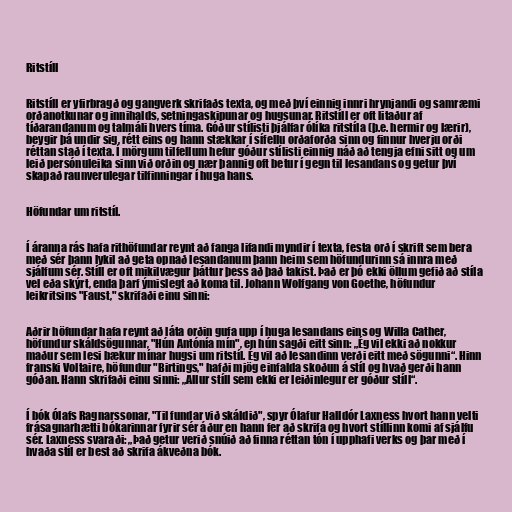
Ritstíll

Ritstíll er yfirbragð og gangverk skrifaðs texta, og með því einnig innri hrynjandi og samræmi
orðanotkunar og innihalds, setningaskipunar og hugsunar. Ritstíll er oft litaður af
tíðarandanum og talmáli hvers tíma. Góður stílisti þjálfar ólíka ritstíla (þ.e. hermir og lærir),
beygir þá undir sig, rétt eins og hann stækkar í sífellu orðaforða sinn og finnur hverju orði
réttan stað í texta. Í mörgum tilfellum hefur góður stílisti einnig náð að tengja efni sitt og um
leið persónuleika sinn við orðin og nær þannig oft betur í gegn til lesandans og getur því
skapað raunverulegar tilfinningar í huga hans.

Höfundar um ritstíl.

Í áranna rás hafa rithöfundar reynt að fanga lifandi myndir í texta, festa orð í skrift sem bera
með sér þann lykil að geta opnað lesandanum þann heim sem höfundurinn sá innra með
sjálfum sér. Stíll er oft mikilvægur þáttur þess að það takist. Það er þó ekki öllum gefið að stíla
vel eða skýrt, enda þarf ýmislegt að koma til. Johann Wolfgang von Goethe, höfundur
leikritsins "Faust," skrifaði einu sinni:

Aðrir höfundar hafa reynt að láta orðin gufa upp í huga lesandans eins og Willa Cather,
höfundur skáldsögunnar, "Hún Antónía mín", en hún sagði eitt sinn: „Ég vil ekki að nokkur
maður sem lesi bækur mínar hugsi um ritstíl. Ég vil að lesandinn verði eitt með sögunni“. Hinn
franski Voltaire, höfundur "Birtings," hafði mjög einfalda skoðun á stíl og hvað gerði hann
góðan. Hann skrifaði einu sinni: „Allur stíll sem ekki er leiðinlegur er góður stíll“.

Í bók Ólafs Ragnarssonar, "Til fundar við skáldið", spyr Ólafur Halldór Laxness hvort hann velti
frásagnarhætti bókarinnar fyrir sér áður en hann fer að skrifa og hvort stíllinn komi af sjálfu
sér. Laxness svaraði: „Það getur verið snúið að finna réttan tón í upphafi verks og þar með í
hvaða stíl er best að skrifa ákveðna bók.